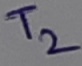
Text: T2